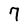
Character: 7